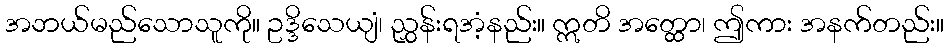
အဘယ်မည်သောသူကို။ ဥဒ္ဒိသေယျံ၊ ညွှန်းရအံ့နည်း။ ဣတိ အတ္ထော၊ ဤကား အနက်တည်း။